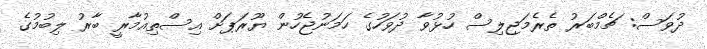
ދުވަސް: ޗެމްބަރު ތެރެމަޖިލިސް ހުޅުވާ ދުވަހުގެ ހަމަނުޖެހުން ޔޫރަޕަށް އިސްތިއުމާރީ ބާރު ލިބުމުގެ